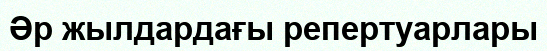
Әр жылдардағы репертуарлары